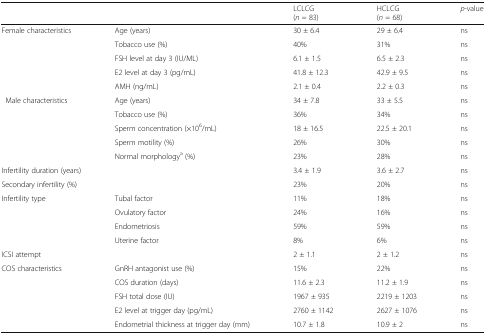
<table><thead><tr><td colspan="2"></td><td><b>LCLCG(<i>n</i> = 83)</b></td><td><b>HCLCG(<i>n</i> = 68)</b></td><td><b><i>p</i>-value</b></td></tr></thead><tbody><tr><td rowspan="5">Female characteristics</td><td>Age (years)</td><td>30 ± 6.4</td><td>29 ± 6.4</td><td>ns</td></tr><tr><td>Tobacco use (%)</td><td>40%</td><td>31%</td><td>ns</td></tr><tr><td>FSH level at day 3 (IU/ML)</td><td>6.1 ± 1.5</td><td>6.5 ± 2.3</td><td>ns</td></tr><tr><td>E2 level at day 3 (pg/mL)</td><td>41.8 ± 12.3</td><td>42.9 ± 9.5</td><td>ns</td></tr><tr><td>AMH (ng/mL)</td><td>2.1 ± 0.4</td><td>2.2 ± 0.3</td><td>ns</td></tr><tr><td rowspan="5">Male characteristics</td><td>Age (years)</td><td>34 ± 7.8</td><td>33 ± 5.5</td><td>ns</td></tr><tr><td>Tobacco use (%)</td><td>36%</td><td>34%</td><td>ns</td></tr><tr><td>Sperm concentration (×10<sup>6</sup>/mL)</td><td>18 ± 16.5</td><td>22.5 ± 20.1</td><td>ns</td></tr><tr><td>Sperm motility (%)</td><td>26%</td><td>30%</td><td>ns</td></tr><tr><td>Normal morphology<sup>a</sup> (%)</td><td>23%</td><td>28%</td><td>ns</td></tr><tr><td colspan="2">Infertility duration (years)</td><td>3.4 ± 1.9</td><td>3.6 ± 2.7</td><td>ns</td></tr><tr><td colspan="2">Secondary infertility (%)</td><td>23%</td><td>20%</td><td>ns</td></tr><tr><td rowspan="4">Infertility type</td><td>Tubal factor</td><td>11%</td><td>18%</td><td>ns</td></tr><tr><td>Ovulatory factor</td><td>24%</td><td>16%</td><td>ns</td></tr><tr><td>Endometriosis</td><td>59%</td><td>59%</td><td>ns</td></tr><tr><td>Uterine factor</td><td>8%</td><td>6%</td><td>ns</td></tr><tr><td colspan="2">ICSI attempt</td><td>2 ± 1.1</td><td>2 ± 1.2</td><td>ns</td></tr><tr><td rowspan="5">COS characteristics</td><td>GnRH antagonist use (%)</td><td>15%</td><td>22%</td><td>ns</td></tr><tr><td>COS duration (days)</td><td>11.6 ± 2.3</td><td>11.2 ± 1.9</td><td>ns</td></tr><tr><td>FSH total dose (IU)</td><td>1967 ± 935</td><td>2219 ± 1203</td><td>ns</td></tr><tr><td>E2 level at trigger day (pg/mL)</td><td>2760 ± 1142</td><td>2627 ± 1076</td><td>ns</td></tr><tr><td>Endometrial thickness at trigger day (mm)</td><td>10.7 ± 1.8</td><td>10.9 ± 2</td><td>ns</td></tr></tbody></table>